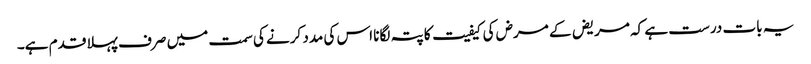
یہ بات درست ہے کہ مریض کے مرض کی کیفیت کا پتہ لگانا اس کی مدد کرنے کی سمت میں صرف پہلا قدم ہے۔